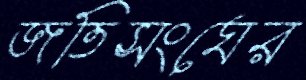
জতিসংঘের